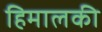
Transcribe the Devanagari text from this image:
हिमालकी